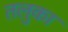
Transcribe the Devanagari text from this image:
तलुका